Civil Veterinary Department Bihar & Orissa reports 1922-29 - 1922-1929
Year: 1922
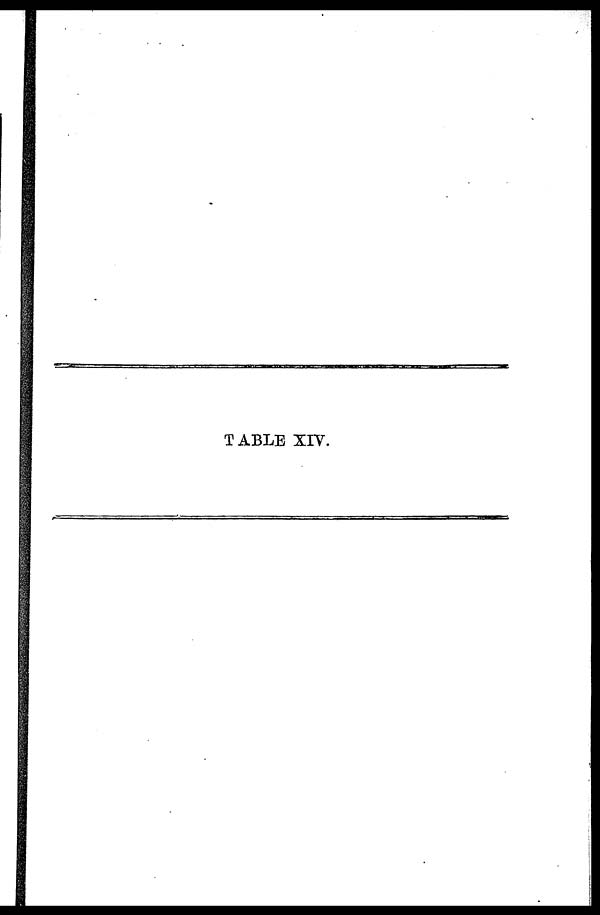
T ABLE XIV.